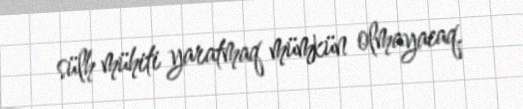
sülh mühiti yaratmaq mümkün olmayacaq.